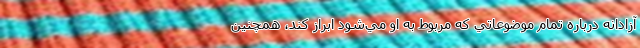
آزادانه درباره تمام موضوعاتي كه مربوط به او مي‌شود ابراز كند، همچنين